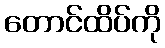
တောင်ထိပ်ကို